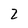
Character: 2